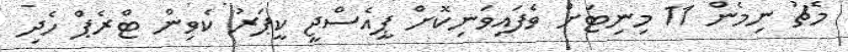
މެޗު ނިމެން 11 މިނިޓަށް ވެފައިވަނިކޮށް ޕީއެސްޖީ ކީޕަރު ކެވިން ޓްރެޕް ހެދި